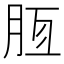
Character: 𣍭